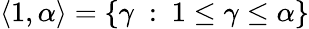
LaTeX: \langle 1,\alpha\rangle=\{ \gamma\ :\ 1\leq\gamma\leq\alpha\}